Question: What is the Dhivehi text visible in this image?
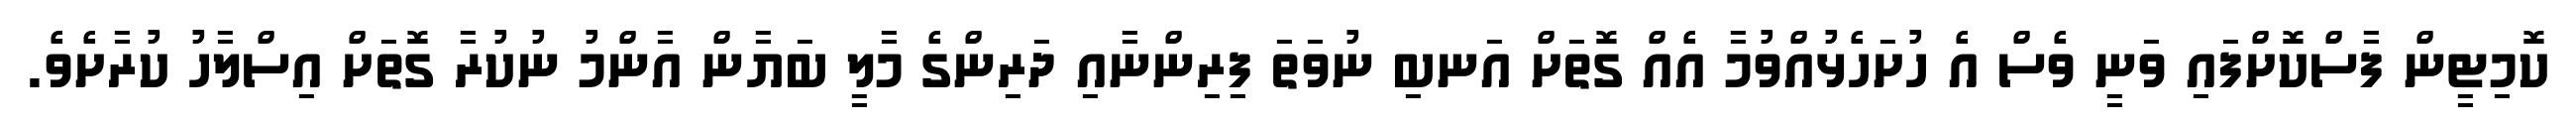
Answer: ކޮމިޓީން ފާސްކޮށްފައި ވަނީ ވެސް އެ ހުށަހެޅުއްވުމާ އެއް ގޮތަށް އަނބި ނުވަތަ ފިރިންނާއި ދަރިންގެ މާލީ ބަޔާން އާންމު ނުކުރާ ގޮތަށް އިސްލާހު ކުރާށެވެ.